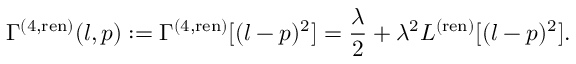
\Gamma ^ { ( 4 , \mathrm { r e n } ) } ( l , p ) : = \Gamma ^ { ( 4 , \mathrm { r e n } ) } [ ( l - p ) ^ { 2 } ] = \frac { \lambda } { 2 } + \lambda ^ { 2 } L ^ { ( \mathrm { r e n } ) } [ ( l - p ) ^ { 2 } ] .